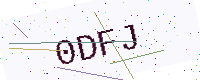
Text: 0DFJ